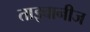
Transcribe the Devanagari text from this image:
ताइवानीज